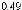
0.49